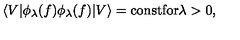
\langle V | \phi _ { \lambda } ( f ) \phi _ { \lambda } ( f ) | V \rangle = \mathrm { c o n s t f o r \lambda > 0 , }